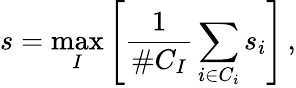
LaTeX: s=\operatorname*{max}_{I}\left[\frac{1}{\# C_{I}}\sum_{i\in C_{i}}s_{i}\right]\, ,